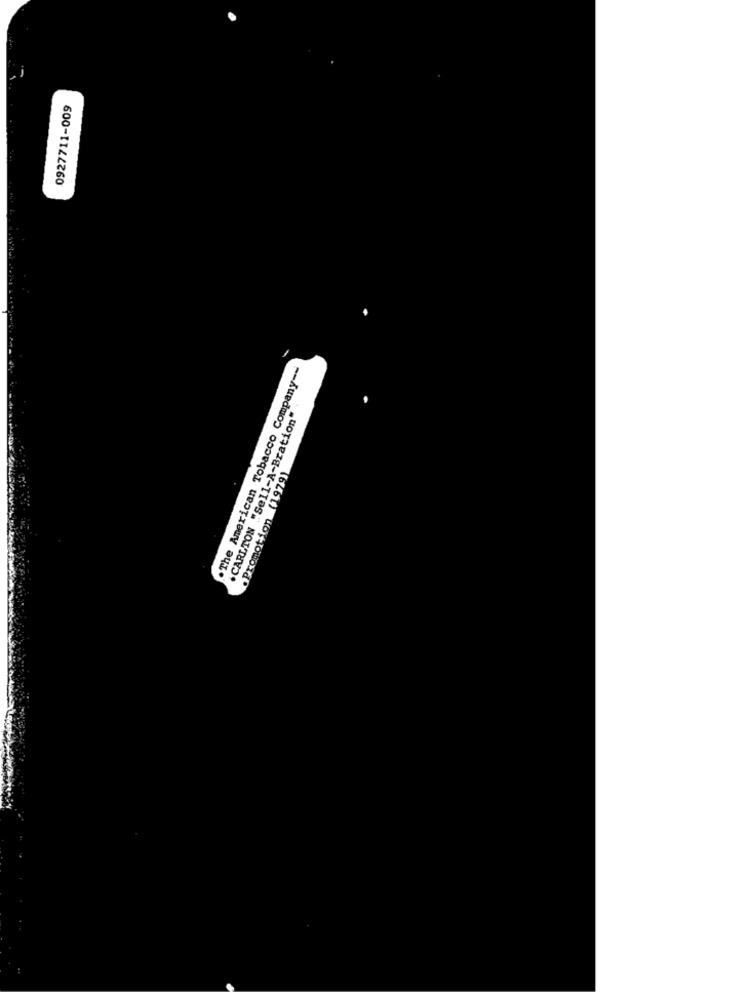
0927711-009
.The American Tobacco Company --
.CARLTON "Sell-A-Bration"
.Promotion (1979)